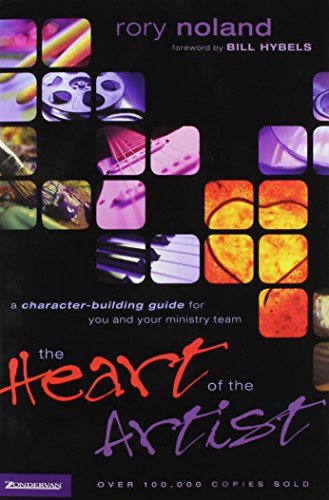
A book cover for The Heart of the Artist; Rory Noland; Christian Books & Bibles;